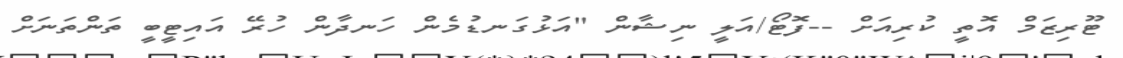
ޓޫރިޒަމް އޮތީ ކުރިއަށް --ފޮޓޯ/އަލީ ނިޝާން "އަޅުގަނޑުމެން ހަނދާން ހުރޭ އައިޓީބީ ތަންތަނަށް